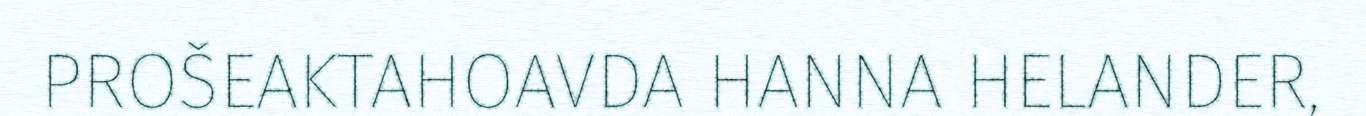
PROŠEAKTAHOAVDA HANNA HELANDER,